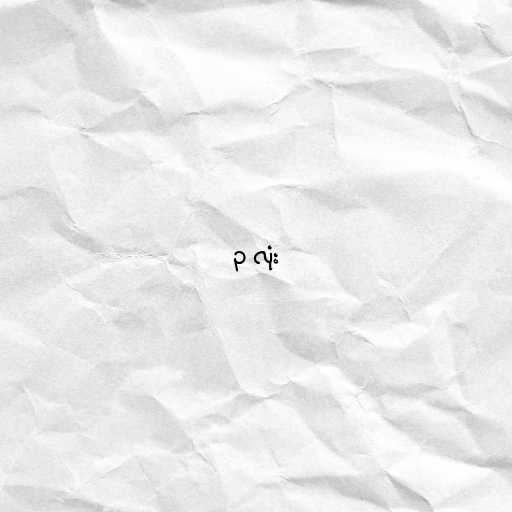
၃ လုံး